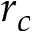
r _ { c }